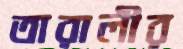
তারালীর